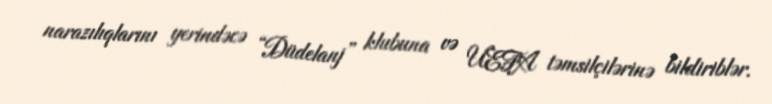
narazılıqlarını yerindəcə “Düdelanj” klubuna və UEFA təmsilçilərinə bildiriblər.